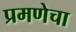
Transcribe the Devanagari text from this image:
प्रमणेचा